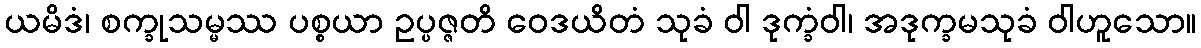
ယမိဒံ၊ စက္ခုသမ္မဿ ပစ္စယာ ဥပ္ပဇ္ဇတိ ဝေဒယိတံ သုခံ ဝါ ဒုက္ခံဝါ၊ အဒုက္ခမသုခံ ဝါဟူသော။